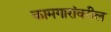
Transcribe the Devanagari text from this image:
कामगारांवरील